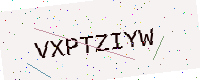
Text: VXPTZIYW